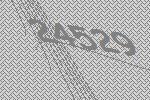
24529